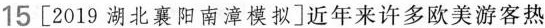
15 [2019湖北襄阳南漳模拟]近年来许多欧美游客热